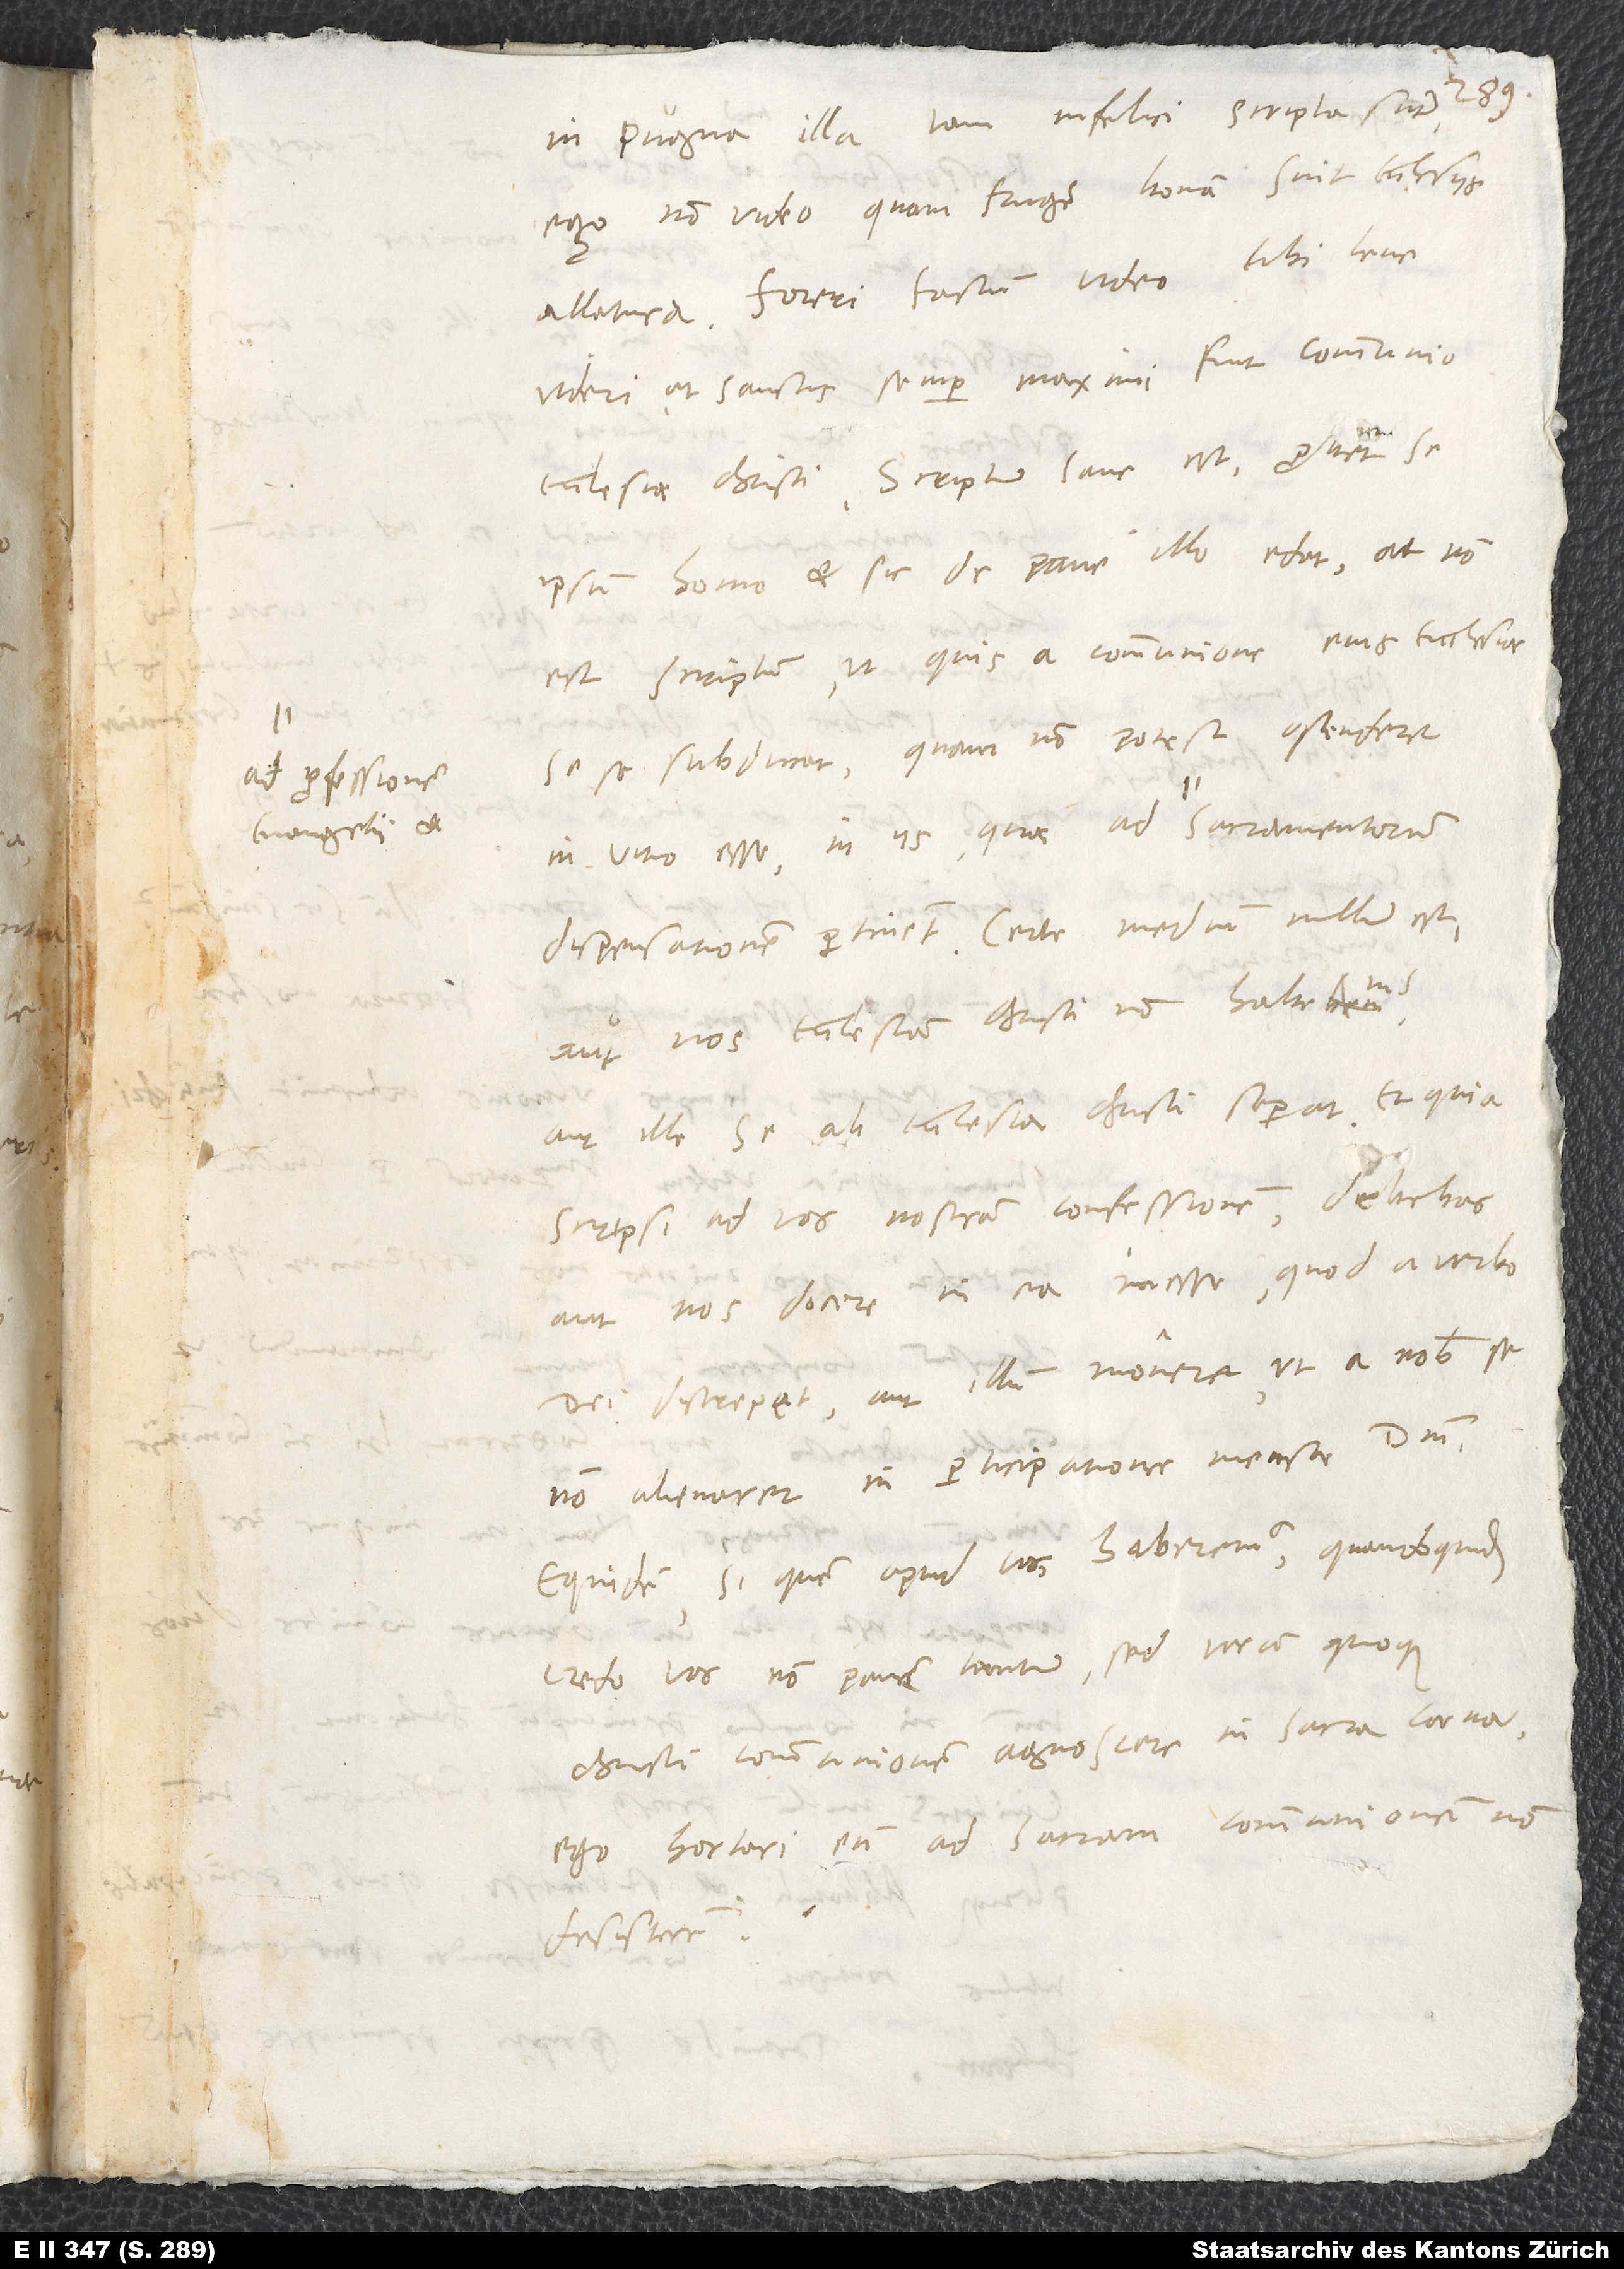
ad professionem

in pugna illa tam infelici scripta sunt,
ego non video, quam frugem bonam sint ecclesiis
videri; at sanctis semper maximi fuit communio
ecclesiae Christi. Scriptum sane est: „Probet se
ipsum homo et sic de pane illo edat“ ; at non
est scriptum, ut quis a communione eius ecclesiae
sese subducat, quam non potest ostendere
dispensationem pertinent. Certe medium nullum est,
aut nos ecclesiam Christi non habemus
aut ille se ab ecclesia Christi separat. Et quia
scripsi ad vos nostram confessionem, debebas
aut nos docere in ea inesse, quod a verbo
dei discrepet, aut illum monere, ut a nobis se
non alienaret in participatione mensae domini.
Equidem, si quem apud vos haberemus, quandoquidem
credo vos non panem tantum, sed veram quoque
Christi communionem agnoscere in sacra coena,
ego hortari eum ad sacram communionem non
desisterem.